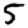
Digit: 5